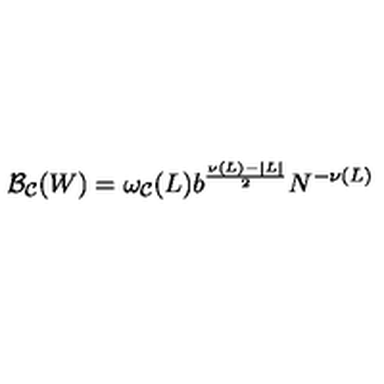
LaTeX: { \cal B _ { C } } ( W ) = \omega _ { \cal C } ( L ) b ^ { \frac { \nu ( L ) - | L | } { 2 } } N ^ { - \nu ( L ) }